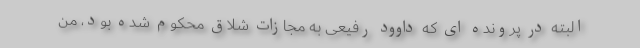
البته در پرونده ای که داوود رفیعی به مجازات شلاق محکوم شده بود، من